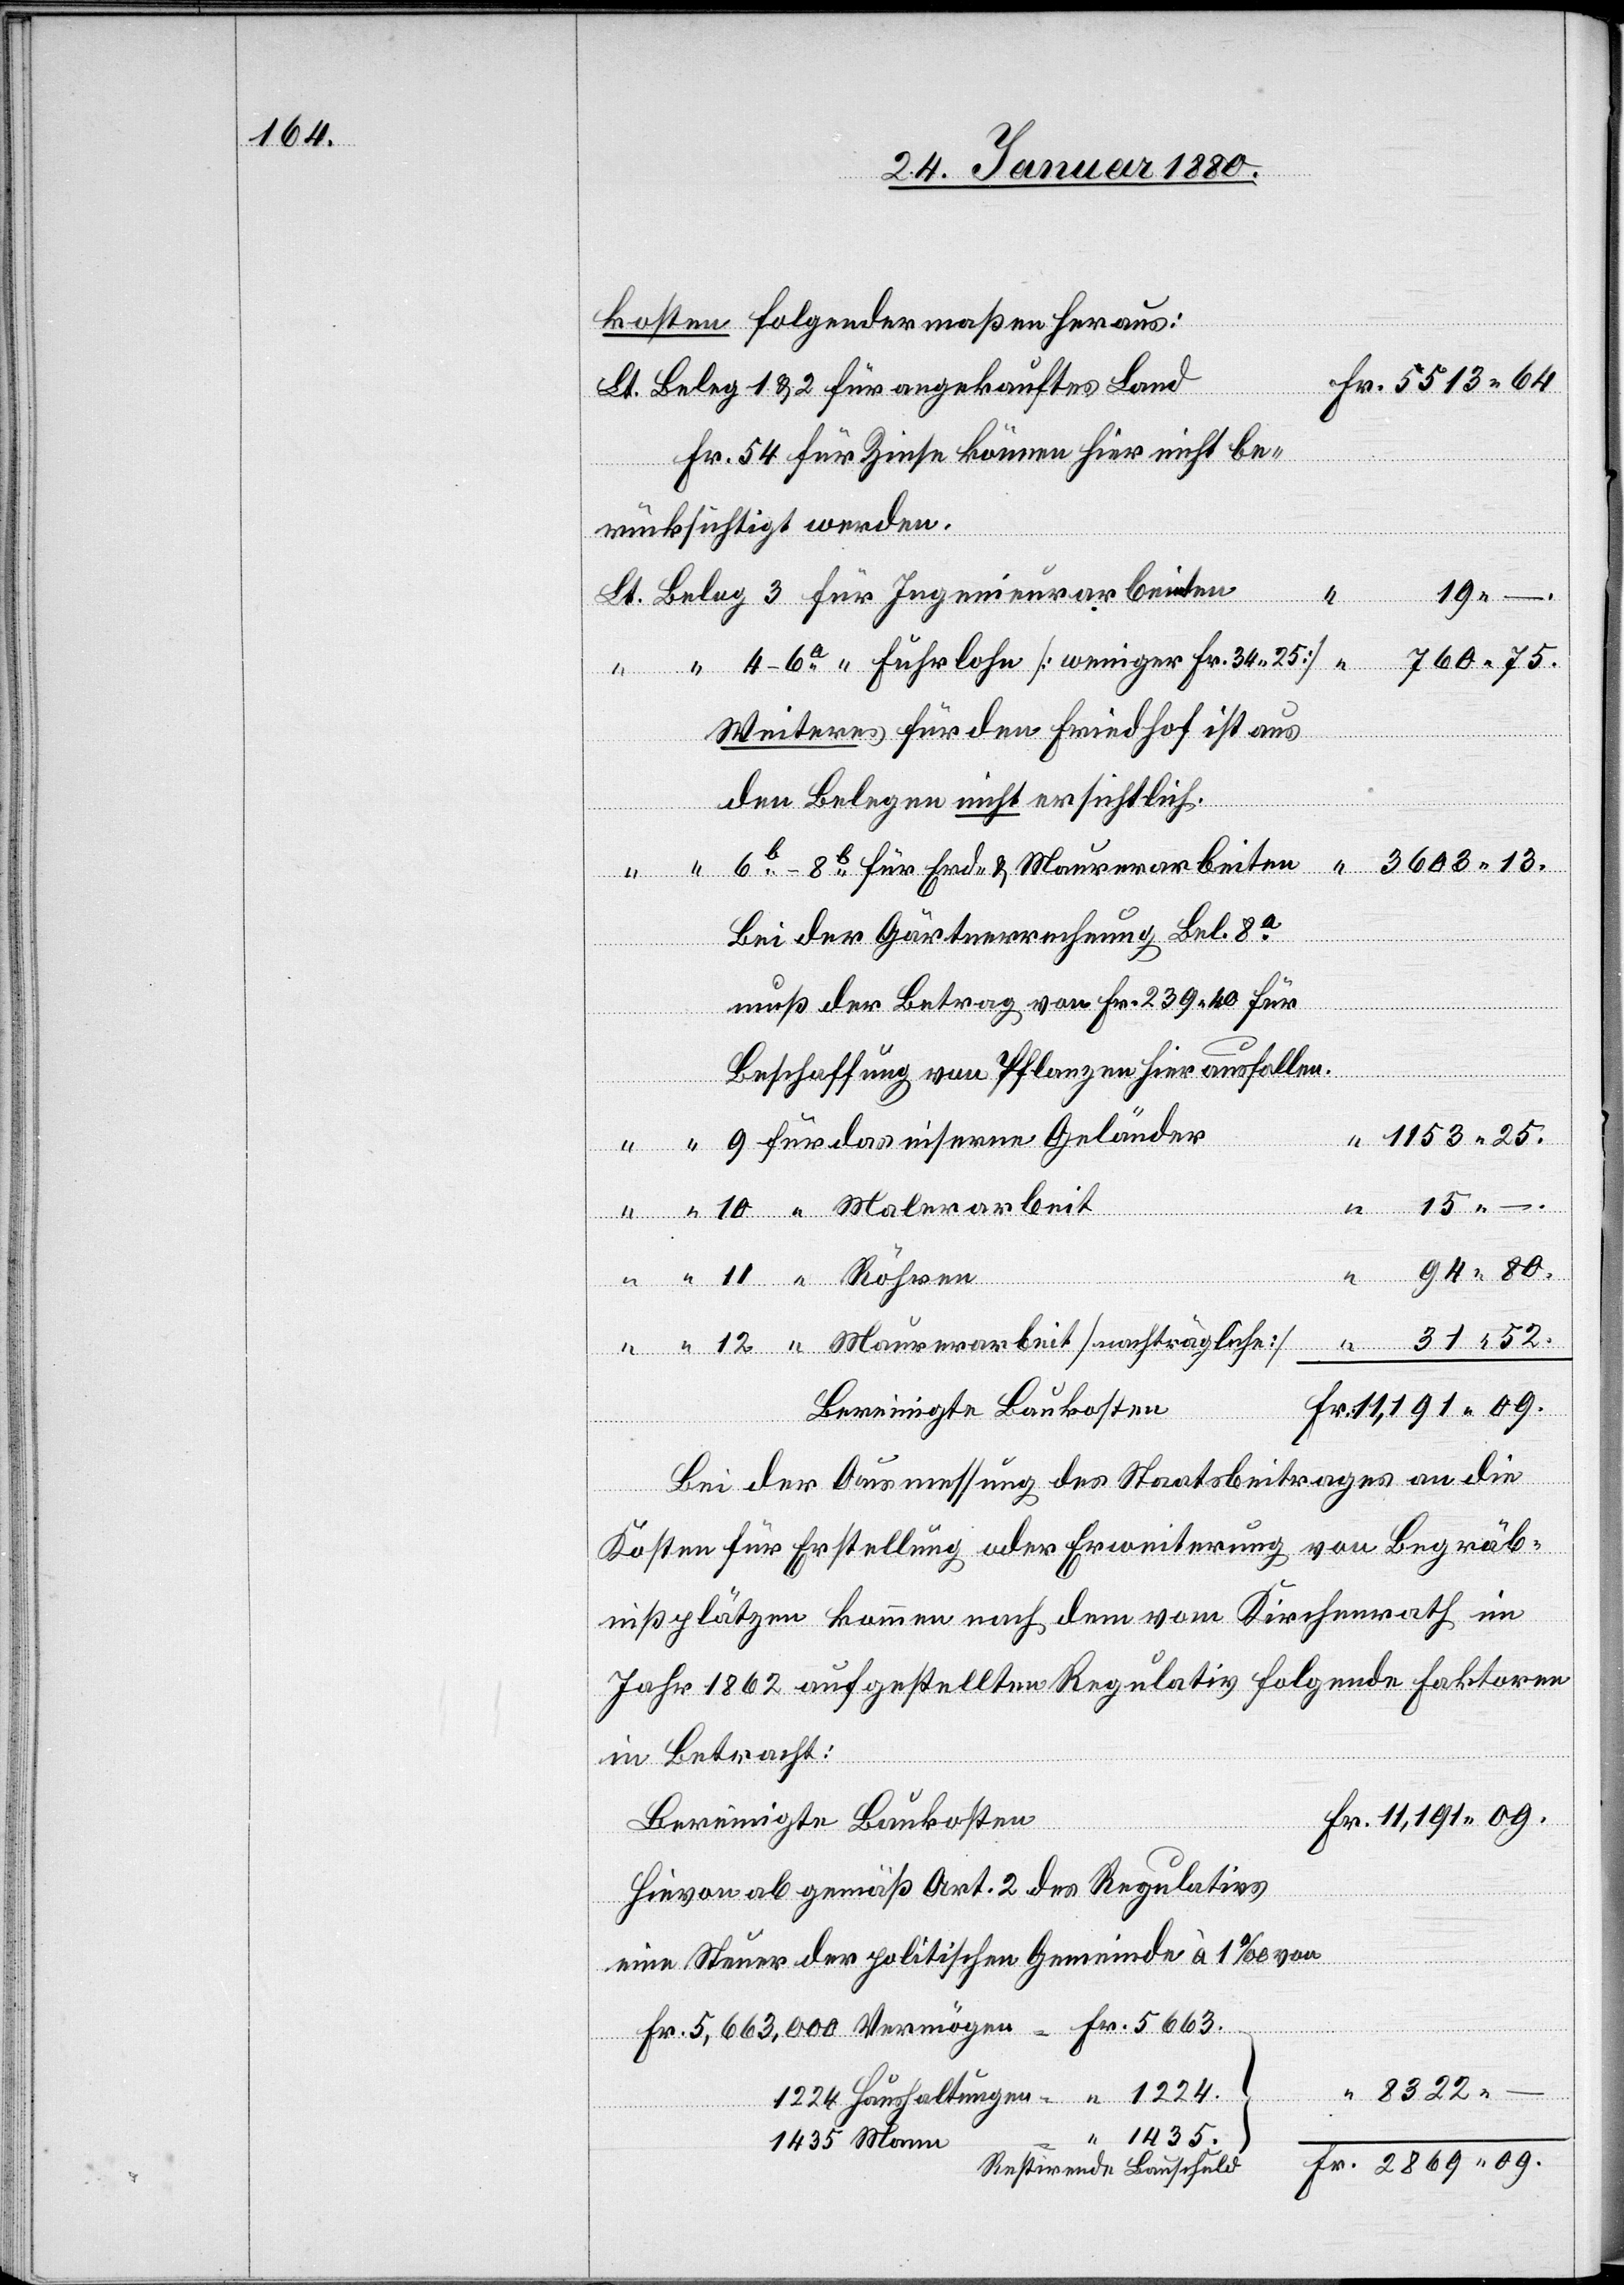
2869.

kosten folgendermaßen heraus:
Lt. Beleg 1 & 2 für angekauftes Land
Fr. 54 für Zinse können hier nicht be¬
rücksichtigt werden.
09.
Weiteres für den Friedhof ist aus
8322.
den Belegen nicht ersichtlich.
Haushaltungen
Bei der Gärtnerrechnung Bel. 8a
muß der Betrag von Fr. 239.40 für
Beschaffung von Pflanzen hierausfallen.
für
das
34.25]
“
1224.
–
Bei der Ausmessung des Staatsbeitrages an die
Kosten für Erstellung oder Erweiterung von Begräb¬
nißplätzen kommen nach dem vom Kirchenrath im
Jahr 1862 aufgestellten Regulativ folgende Faktoren
in Betracht:
Bereinigte Baukosten
Hievon ab gemäß Art. 2 des Regulativs
eine Steuer der politischen Gemeinde à 1 ‰ von
1435
1435 Mann
Fr.
Restirende Bauschuld